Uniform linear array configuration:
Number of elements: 32
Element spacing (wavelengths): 1
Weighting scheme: hamming
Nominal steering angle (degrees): -30
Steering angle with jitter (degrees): -28.37
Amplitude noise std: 0.05
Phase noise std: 0.05

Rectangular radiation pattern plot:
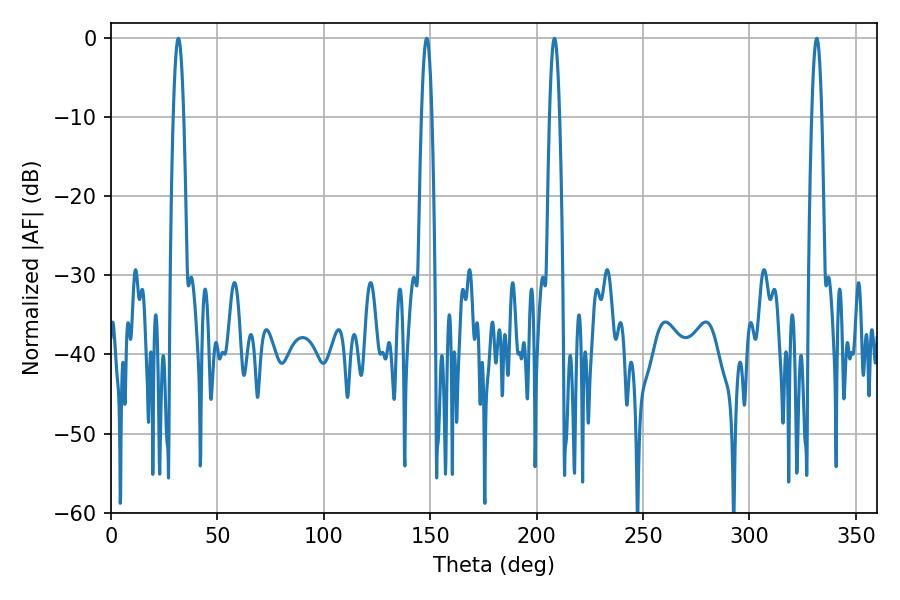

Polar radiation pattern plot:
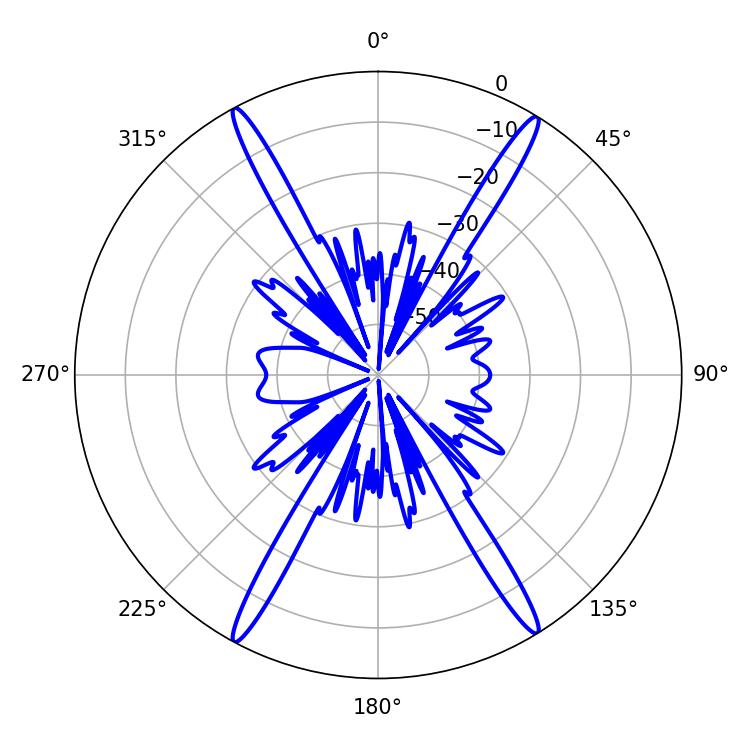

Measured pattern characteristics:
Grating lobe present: TRUE
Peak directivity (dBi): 24.766
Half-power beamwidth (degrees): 2.52
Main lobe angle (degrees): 31.68